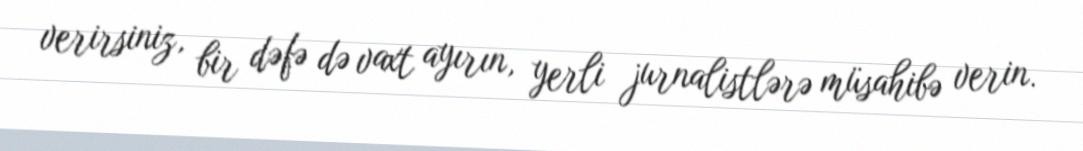
verirsiniz, bir dəfə də vaxt ayırın, yerli jurnalistlərə müsahibə verin.